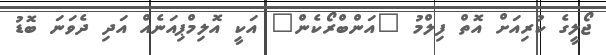
ޖޯލީގެ ކުރިއަށް އޮތް ފިލްމު "އަންބްރޯކެން" އަކީ އޮލިމްޕިއަނެއް އަދި ދެވަނަ ބޮޑު